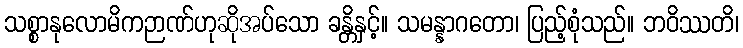
သစ္စာနုလောမိကဉာဏ်ဟုဆိုအပ်သော ခန္တိနှင့်။ သမန္နာဂတော၊ ပြည့်စုံသည်။ ဘဝိဿတိ၊